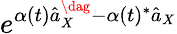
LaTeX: e^{\alpha(t)\hat{a}_{X}^{\dag}-\alpha(t)^{*}\hat{a}_{X}}